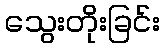
သွေးတိုးခြင်း